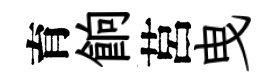
育餉莒曳